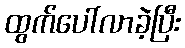
ထွက်ပေါ်လာခဲ့ပြီး